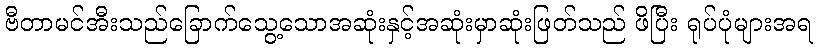
ဗီတာမင်အီးသည်ခြောက်သွေ့သောအဆုံးနှင့်အဆုံးမှာဆုံးဖြတ်သည် ဖိပြီး ရုပ်ပုံများအရ